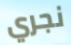
نجري